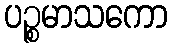
ပဉ္စမာသကော